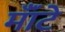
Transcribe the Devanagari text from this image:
मॉँटे